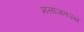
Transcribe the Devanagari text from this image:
मसाजतज्ज्ञ